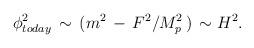
LaTeX: \begin{align*}\phi^2_{today} \, \sim \, ( m^2 \, -\, F^2/ M_p^2 \,)\, \sim H^2.\end{align*}